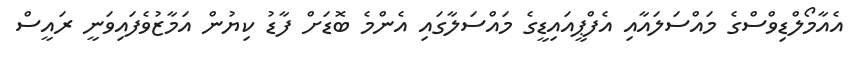
އެއާމޯލްޑިވްސްގެ މައްސަލައާއި އެފްޕީއައިޑީގެ މައްސަލާގައި އެންމެ ބޮޑަށް ފާޑު ކިޔުން އަމާޒުވެފައިވަނީ ރައީސް